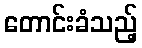
တောင်းခံသည့်